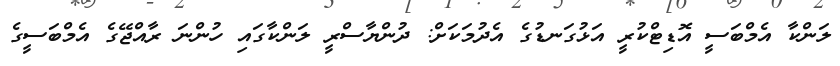
ލަންކާ އެމްބަސީ އޮޑިޓްކުރީ އަޅުގަނޑުގެ އެދުމަކަށް: ދުންޔާސްރީ ލަންކާގައި ހުންނަ ރާއްޖޭގެ އެމްބަސީގެ